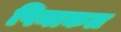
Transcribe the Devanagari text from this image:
पिनाकल